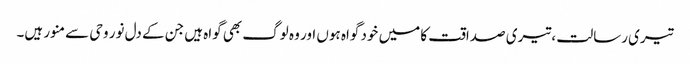
تیری رسالت ، تیری صداقت کا میں خود گواہ ہوں اور وہ لوگ بھی گواہ ہیں جن کے دل نور وحی سے منور ہیں۔